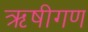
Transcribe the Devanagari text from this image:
ऋषीगण